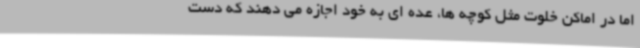
اما در اماکن خلوت مثل کوچه ها، عده ای به خود اجازه می دهند که دست